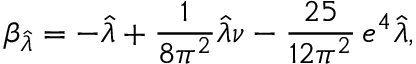
\beta _ { \hat { \lambda } } = - \hat { \lambda } + \frac { 1 } { 8 \pi ^ { 2 } } \hat { \lambda } \nu - \frac { 2 5 } { 1 2 \pi ^ { 2 } } \, e ^ { 4 } \hat { \lambda } ,